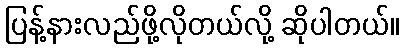
ပြန့်နားလည်ဖို့လိုတယ်လို့ ဆိုပါတယ်။